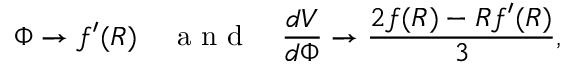
\Phi \to f ^ { \prime } ( R ) \quad { \textrm { a n d } } \quad { \frac { d V } { d \Phi } } \to { \frac { 2 f ( R ) - R f ^ { \prime } ( R ) } { 3 } } ,